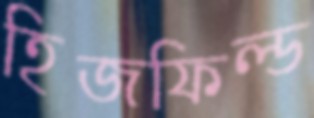
হিজফিল্ড